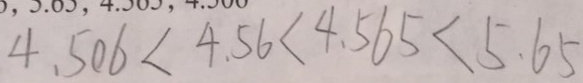
4 . 5 0 6 < 4 . 5 6 < 4 . 5 6 5 < 5 . 6 5